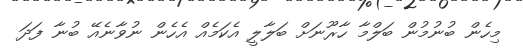
މިހެން ބުނުމުން ބަލްމާ ހާރޫނަށް ބަލާލީ އެކަމެއް އެހެން ނުވާނެއޭ ބުނާ ފަދަ